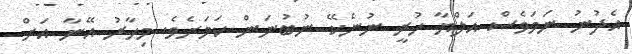
އެދުނު ނަމަވެސް އަލްޔާ ހުރީ ނުނެކޭ ނުބުނަން ކަމަށެވެ. މިހާރު އޭނާ އަށް